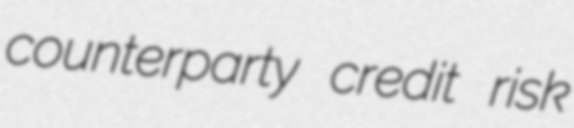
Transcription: counterparty credit risk